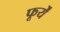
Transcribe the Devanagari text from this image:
फूर्यें